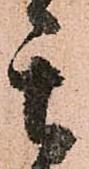
其